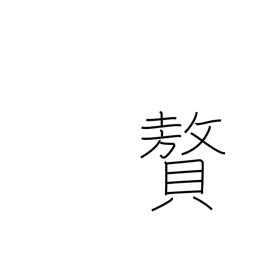
Meaning: luxury